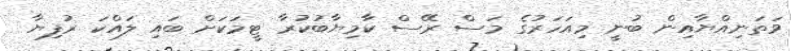
ވަތަނިއްޔާއިން ބުނީ މިއަހަރުގެ މަސް ރޭސް ކާމިޔާބުކުރާ ޓީމަކަށް ބައި ލައްކަ ރުފިޔާ